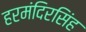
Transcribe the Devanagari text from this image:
हरमंदिरसिंह